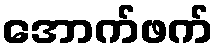
အောက်ဖက်